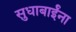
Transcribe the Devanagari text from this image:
सुधाबाईंना